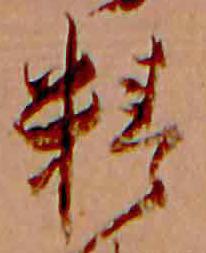
精